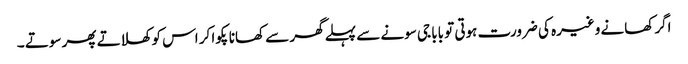
اگر کھانے وغیرہ کی ضرورت ہوتی تو بابا جی سونے سے پہلے گھر سے کھانا پکوا کر اس کو کھلاتے پھر سوتے ۔